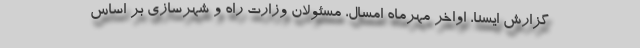
گزارش ایسنا، اواخر مهرماه امسال، مسئولان وزارت راه و شهرسازی بر اساس